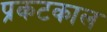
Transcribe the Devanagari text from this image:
प्रकटकाल